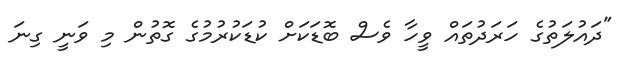
"ދައުލަތުގެ ހަރަދުތައް ވީހާ ވެސް ބޮޑަކަށް ކުޑަކުރުމުގެ ގޮތުން މި ވަނީ ގިނަ